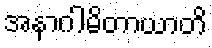
အနာဂါမိတာယာတိ